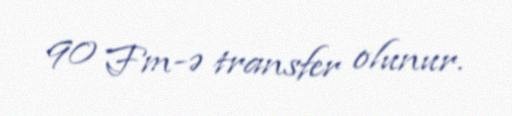
90 Fm-ə transfer olunur.